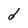
Character: d